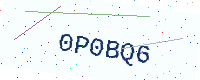
Text: 0P0BQ6